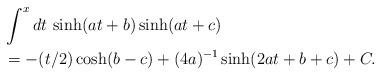
LaTeX: \begin{align*}& \int^x dt \, \sinh(at + b) \sinh(at + c) \\& = - (t/2) \cosh(b - c) + (4a)^{-1} \sinh(2 a t + b + c) + C.\end{align*}